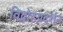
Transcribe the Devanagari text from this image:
विद्रोहप्रदर्शन